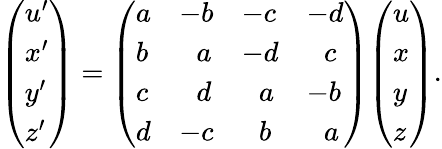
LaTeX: {\left(\begin{array}{l}{u^{\prime}}\\ {x^{\prime}}\\ {y^{\prime}}\\ {z^{\prime}}\end{array}\right)}={\left(\begin{array}{llll}{a}&{-b}&{-c}&{-d}\\ {b}&{\; \, \, a}&{-d}&{\; \, \, c}\\ {c}&{\; \, \, d}&{\; \, \, a}&{-b}\\ {d}&{-c}&{\; \, \, b}&{\; \, \, a}\end{array}\right)}{\left(\begin{array}{l}{u}\\ {x}\\ {y}\\ {z}\end{array}\right)}.